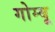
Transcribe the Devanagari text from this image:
गोम्बू